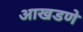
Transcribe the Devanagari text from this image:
आखडणे